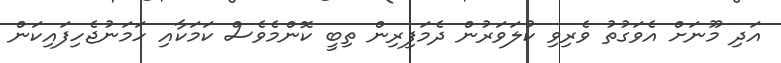
އަދި މޫނަށް އެވަގުތު ވެރިވި ކުލަވަރުން ދެމަފިރިން ތިބީ ކޮންމެވެސް ކަމަކާއި ހަމަނުޖެހިފައިކަން